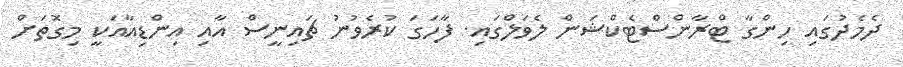
ދެމެދުގައި ހިންގާ ޓްރާންސްޓެކްޝަން ލެވަލްގައި. ފާހަގަ ކުރެވުނު ޗައިނީސް އާއި އިންޑިއާއަކީ މިގޮތަށް